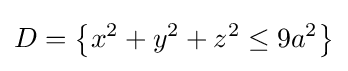
D=\left\{x^{2}+y^{2}+z^{2}\leq 9a^{2}\right\}